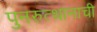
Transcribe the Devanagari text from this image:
पुनरुत्थानाची